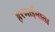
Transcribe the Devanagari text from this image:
हरणाईमाता